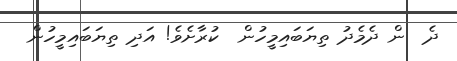
ދެ  ން ދެމެދު ތިޔަބައިމީހުން  ކުރާށެވެ! އަދި ތިޔަބައިމީހުން